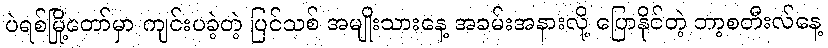
ပဲရစ်မြို့တော်မှာ ကျင်းပခဲ့တဲ့ ပြင်သစ် အမျိုးသားနေ့ အခမ်းအနားလို့ ပြောနိုင်တဲ့ ဘာ့စတီးလ်နေ့